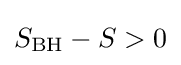
S_{\text{BH}}-S>0